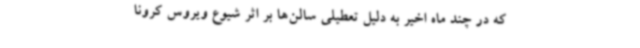
که در چند ماه اخیر به دلیل تعطیلی سالن‌ها بر اثر شیوع ویروس کرونا